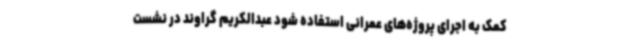
کمک به اجرای پروژه‌های عمرانی استفاده شود عبدالکریم گراوند در نشست